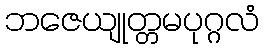
ဘဇေယျုတ္တမပုဂ္ဂလံ